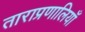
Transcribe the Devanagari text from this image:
ताराप्रणालियाँ